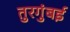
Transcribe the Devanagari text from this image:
तुरगुंबई